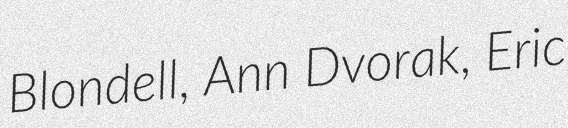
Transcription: Blondell, Ann Dvorak, Eric